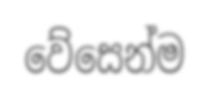
වේසෙන්ම